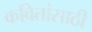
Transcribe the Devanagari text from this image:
कवितांसाठी